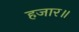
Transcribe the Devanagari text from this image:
हजार॥